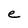
Character: e